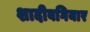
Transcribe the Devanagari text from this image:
शादीबगियार